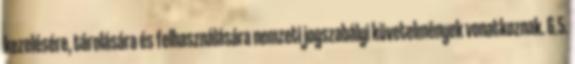
kezelésére, tárolására és felhasználására nemzeti jogszabályi követelmények vonatkoznak. 6.5.